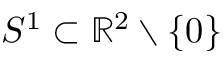
S ^ { 1 } \subset \mathbb { R } ^ { 2 } \setminus \{ 0 \}